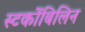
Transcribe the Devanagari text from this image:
स्‍टर्कोबिलिन